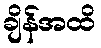
ချိန်အထိ